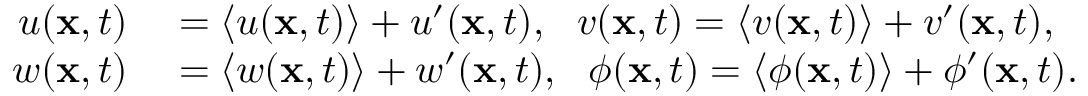
\begin{array} { r l } { u ( \mathbf { x } , t ) } & { { } = \langle u ( \mathbf { x } , t ) \rangle + u ^ { \prime } ( \mathbf { x } , t ) , \ \ v ( \mathbf { x } , t ) = \langle v ( \mathbf { x } , t ) \rangle + v ^ { \prime } ( \mathbf { x } , t ) , } \\ { w ( \mathbf { x } , t ) } & { { } = \langle w ( \mathbf { x } , t ) \rangle + w ^ { \prime } ( \mathbf { x } , t ) , \ \ \phi ( \mathbf { x } , t ) = \langle \phi ( \mathbf { x } , t ) \rangle + \phi ^ { \prime } ( \mathbf { x } , t ) . } \end{array}